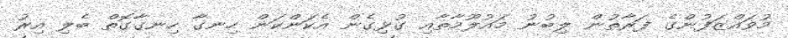
މުވައްޒަފުންގެ ފަރާތުން ލިބުނު މައުލޫމާތާއި ގުޅިގެން އެކަންކަން ހިނގާ ހިނގާގޮތް ބެލި އިރު